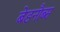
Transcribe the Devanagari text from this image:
बेडनौब्स